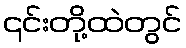
၎င်းတို့ထဲတွင်